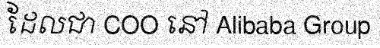
ដែលជា COO នៅ Alibaba Group